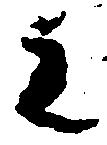
主